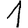
Digit: 1